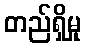
တည်ရှိမှု